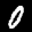
Label: 0